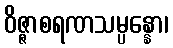
ဝိဇ္ဇာစရဏသမ္ပန္နော၊